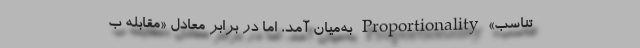
تناسب» Proportionality به‌میان آمد، اما در برابرِ معادل «مقابله ب